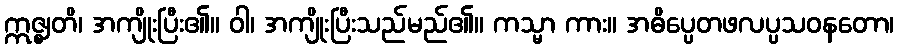
ဣဇ္ဈတိ၊ အကျိုးပြီး၏။ ဝါ၊ အကျိုးပြီးသည်မည်၏။ ကသ္မာ ကား။ အဓိပ္ပေတဖလပ္ပသဝနတော၊